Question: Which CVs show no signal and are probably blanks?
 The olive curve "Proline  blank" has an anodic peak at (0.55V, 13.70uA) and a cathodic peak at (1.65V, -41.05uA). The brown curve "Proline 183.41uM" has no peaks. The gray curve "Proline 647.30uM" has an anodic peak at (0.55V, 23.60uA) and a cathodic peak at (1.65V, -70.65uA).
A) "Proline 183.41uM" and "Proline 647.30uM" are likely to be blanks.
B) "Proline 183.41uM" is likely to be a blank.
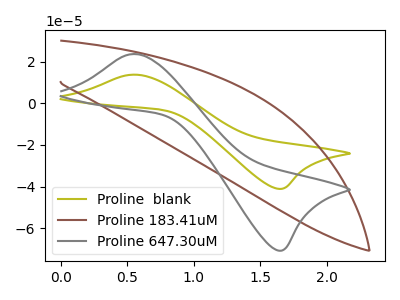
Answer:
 <answer>B) "Proline 183.41uM" is likely to be a blank.</answer>
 <eval>B</eval>